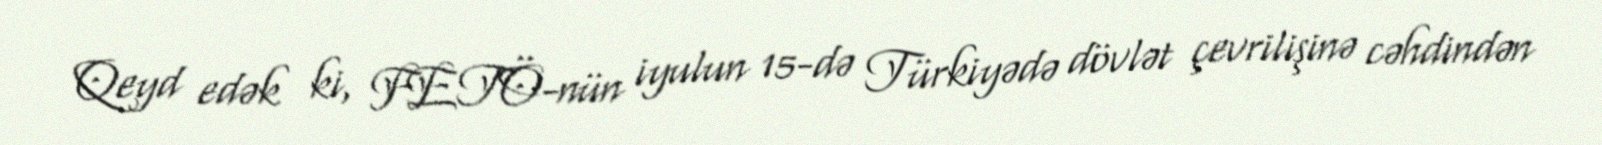
Qeyd edək ki, FETÖ-nün iyulun 15-də Türkiyədə dövlət çevrilişinə cəhdindən